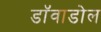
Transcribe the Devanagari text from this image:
डाॅवाडोल